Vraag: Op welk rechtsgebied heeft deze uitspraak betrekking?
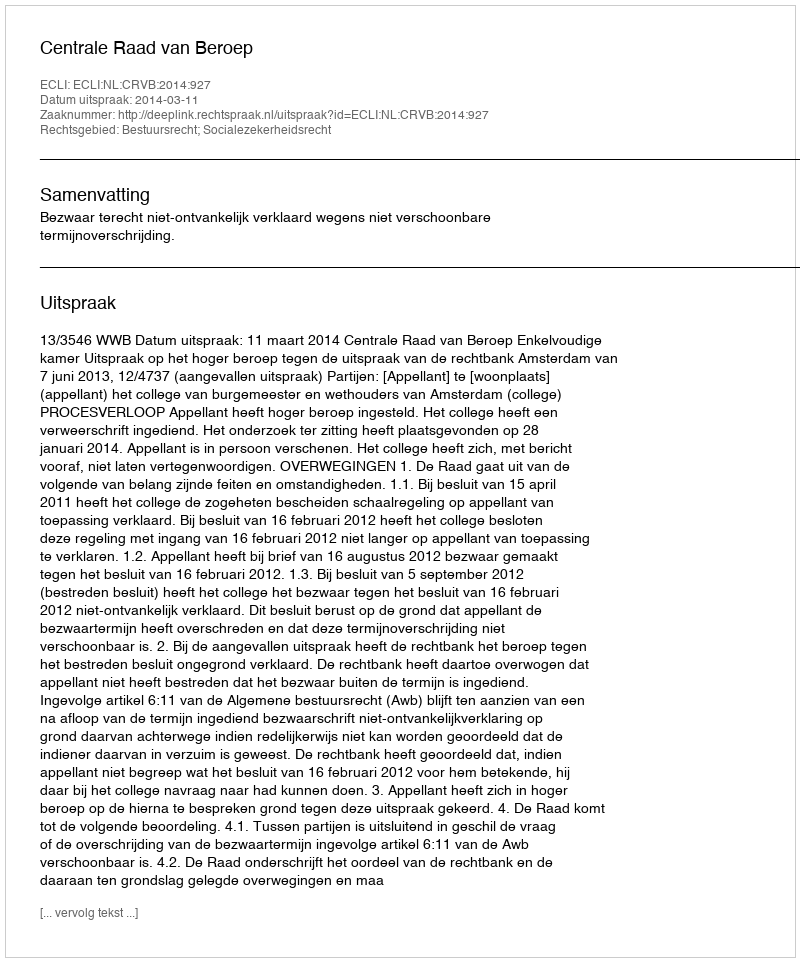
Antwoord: Bestuursrecht; Socialezekerheidsrecht